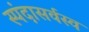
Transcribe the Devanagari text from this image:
स्पंदासर्वस्व